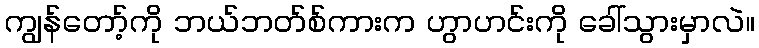
ကျွန်တော့်ကို ဘယ်ဘတ်စ်ကားက ဟွာဟင်းကို ခေါ်သွားမှာလဲ။